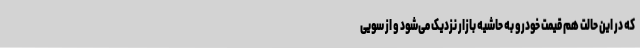
که در این حالت هم قیمت خودرو به حاشیه بازار نزدیک می‌شود و از سویی